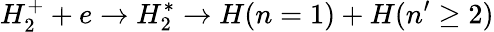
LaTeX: H_{2}^{+}+e\rightarrow H_{2}^{*}\rightarrow H(n=1)+H(n^{\prime}\geq 2)